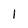
Character: 1